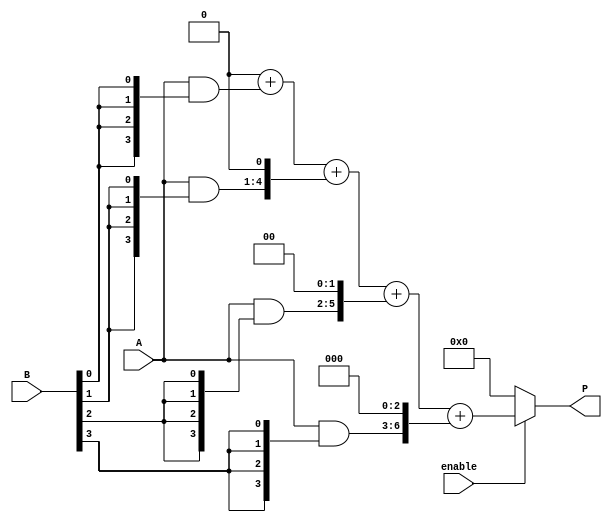
module vedic_multiplier #(parameter N = 4) (
    input  [N-1:0] A,        // N-bit input A
    input  [N-1:0] B,        // N-bit input B
    input  enable,           // Control signal to enable the multiplier
    output reg [2*N-1:0] P   // (2N)-bit output product
);

    // Partial product generation
    reg [N-1:0] partial_products[N-1:0];

    integer i, j;

    always @(*) begin
        if (enable) begin
            // Initialize product to zero
            P = 0;

            // Generate partial products
            for (i = 0; i < N; i = i + 1) begin
                partial_products[i] = A & {N{B[i]}};
            end

            // Crosswise addition using simple addition
            for (i = 0; i < N; i = i + 1) begin
                P = P + (partial_products[i] << i);
            end
        end else begin
            P = 0; // If not enabled, output zero
        end
    end
endmodule